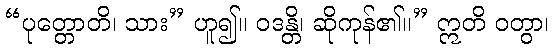
“ပုတ္တောတိ၊ သား” ဟူ၍။ ဝဒန္တိ၊ ဆိုကုန်၏။” ဣတိ ဝတွာ၊